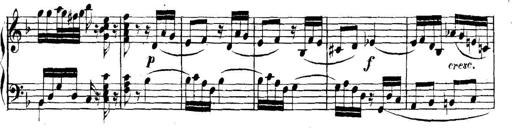
Title: Collected Piano Sonatas
Composer: Muzio Clementi